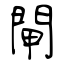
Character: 閘